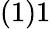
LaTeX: (1)1